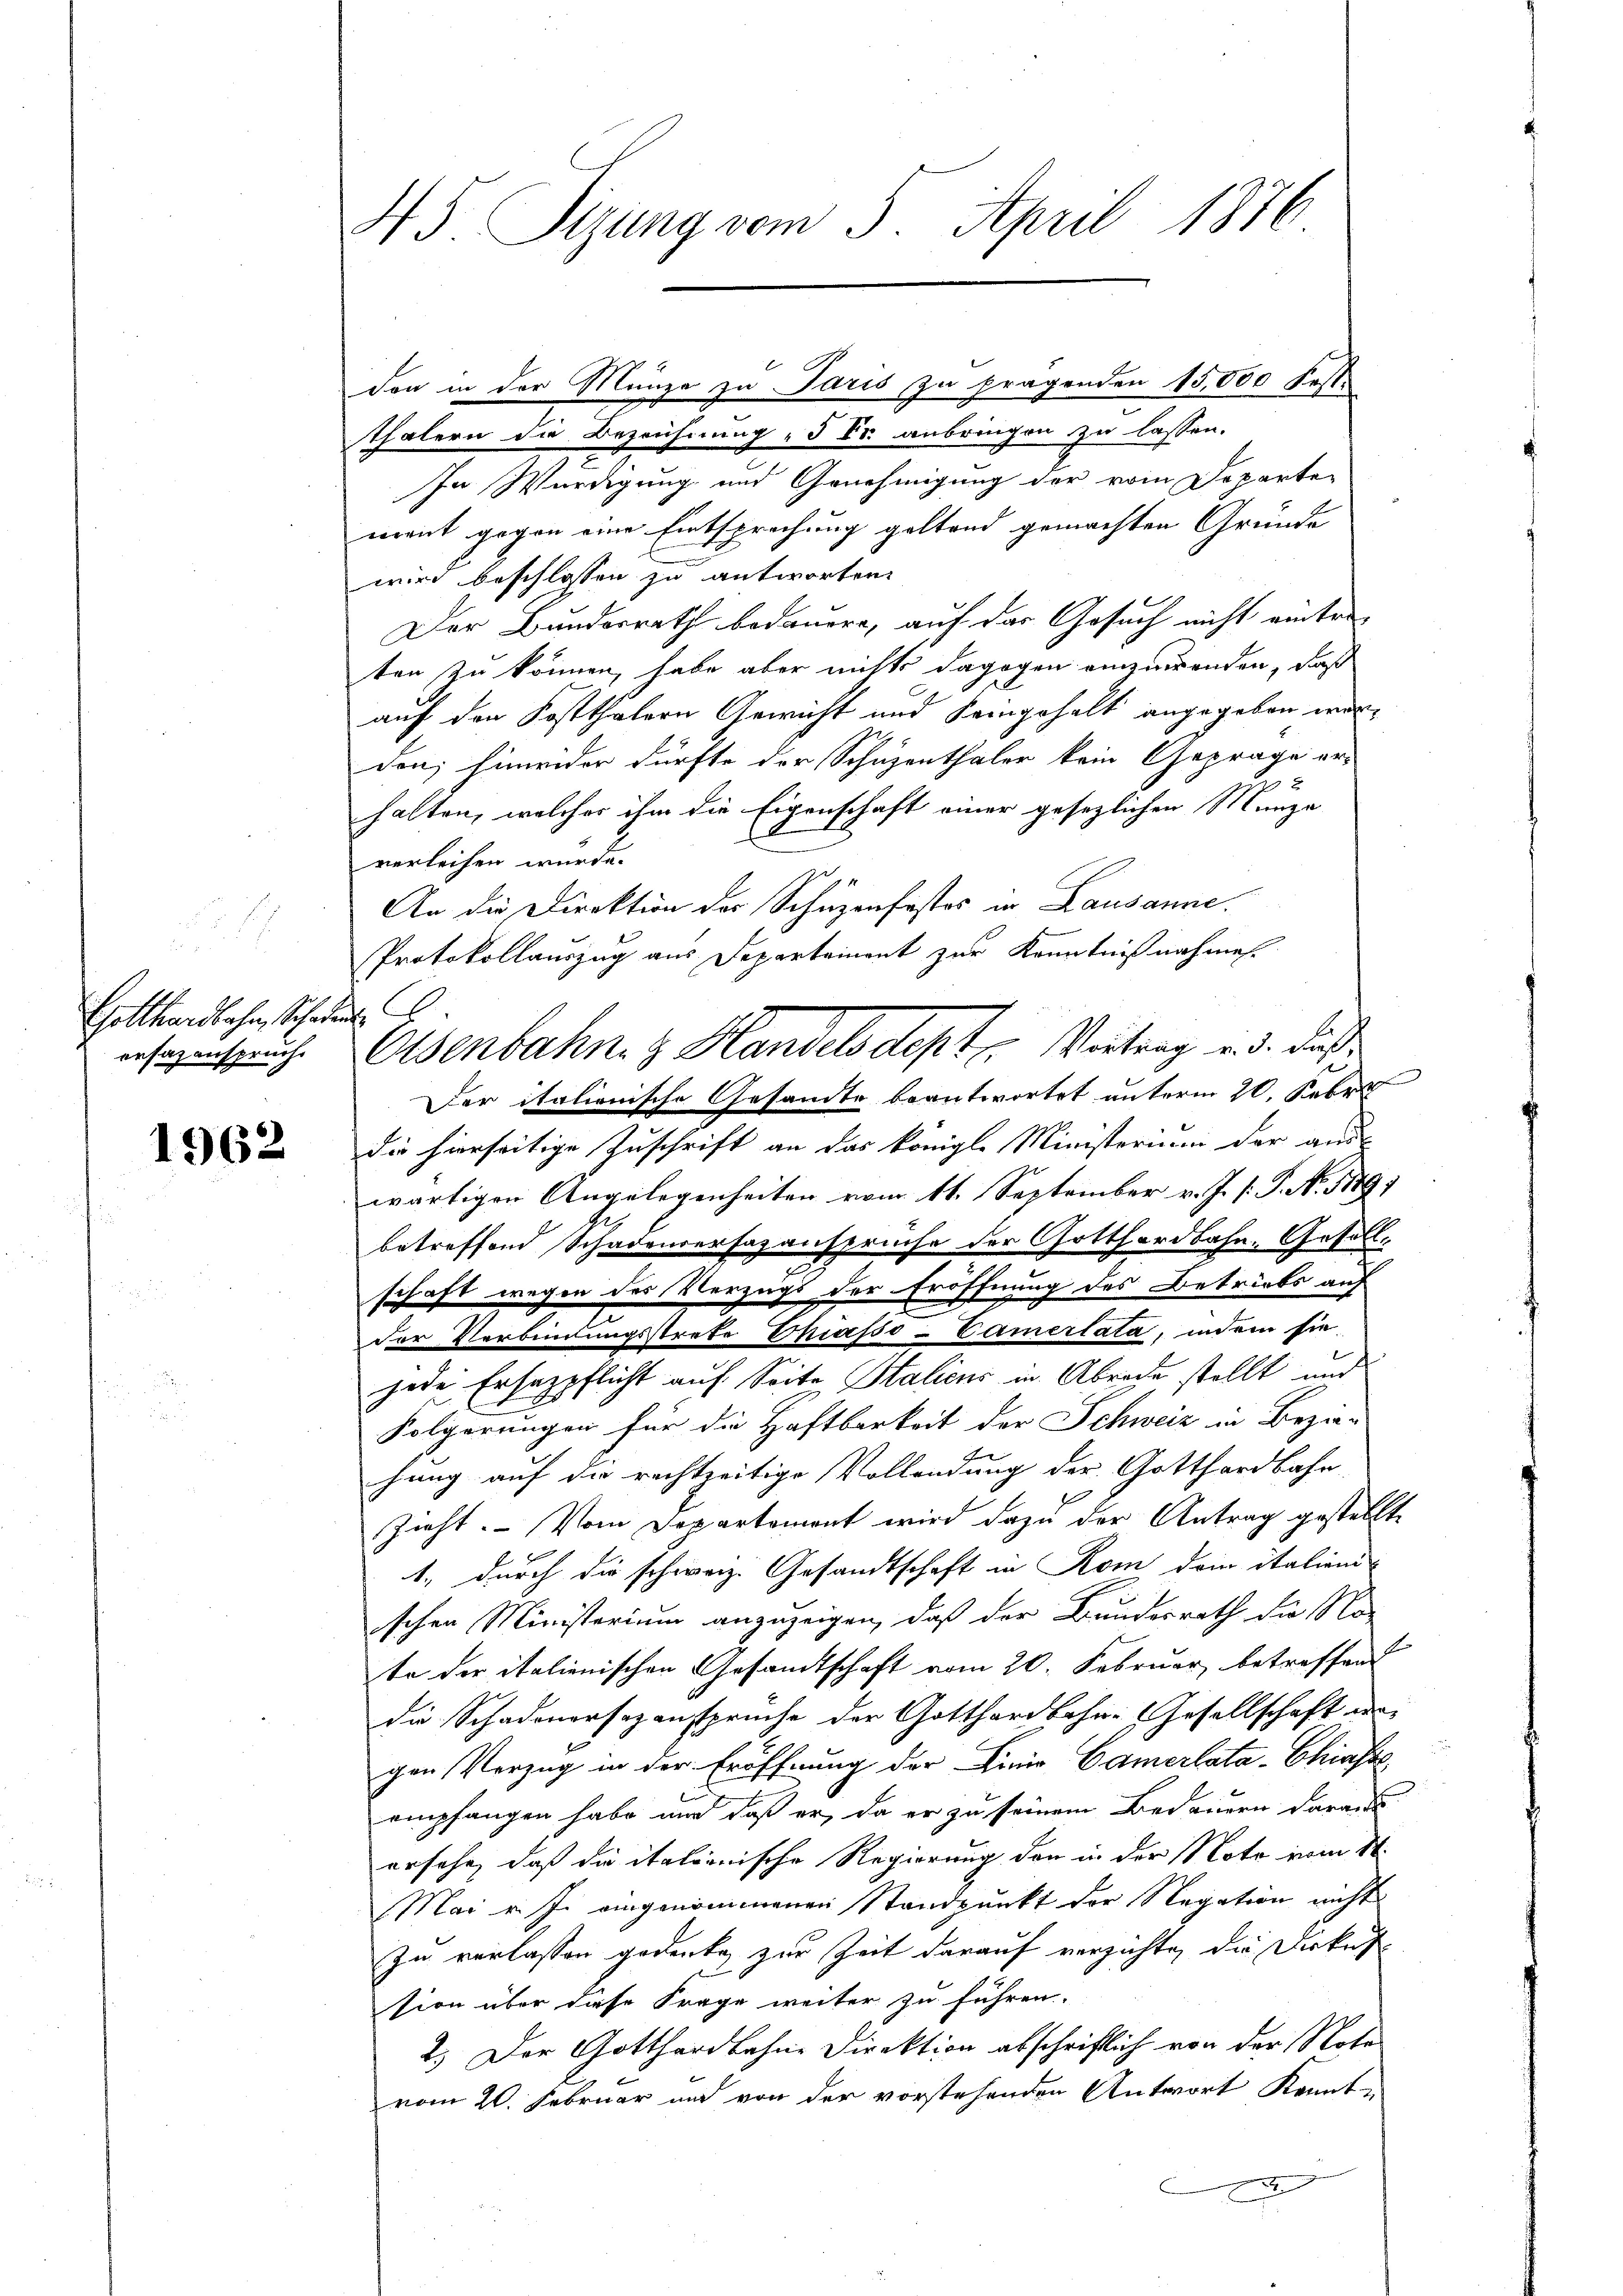
Gotthardbahn, Schaden
ersagenspruche

1962

don in der Münze zu Paris zu fragenden 15,000 Fest-
Thälern die Bezeichnung „J Er. anbringen zu lassen.
In Würdigung und Genehmigung der vom Departe
ment gegen eine Entsprechung geltend gemachten Gründe
wird beschlossen zu antworten.
Der Bundesrath bedauere, auf das Gesuch nicht anter-
ten zu können, habe aber nichts dagegen einzuwenden, daß
auf den Kostthalern Gewicht und Seingehalt angegeben worden; hinwider dürfte der Schuzenthaler kein Gepräge er-
halten, welcher ihm die Eigenschaft einer gesezlichen Manze
verleihen wurde.
An die Direktion der Schuzenfestes in Lausanne.
Protokollauszug aus Departement zur Kenntnißnahmen.
Der italionische Gesandte beantwortet unterm 20. Febr.
die hierseitige Zuschrift an das königl. Ministerium der aus
wärtigen Angelegenheiten vom 11. September v. J. s. S. N. 11491
betreffend Schadenversazanspruche der Gotthardbahn-Gesellschaft wegen des Verzugs der Eröffnung des Betriebs auf
der Verbindungsstrate Chiasso-Camertata, indem sie
jede Erhazpflicht auf Seite Stalicus in Abrede stellt und
Folgerungen für die Haftbarkeit der Schweiz in Bezie-
hung auf die rechtzeitige Vollendung der Gotthardbahn-
Zieht. Vom Departemont wird dazu der Antrag gestellte
1., durch die schweiz. Gesandtschaft in Rom dem italien
schen Ministerium anzuzeigen, daß der Bundesrath die No-
te der italienischen Gesandtschaft vom 20. Februar, betreffend
die Schadenersezansprüche der Gotthardbahn-Gesellschaft a
d
gen Verzug in der Eröffnung der Linio Camerlata-Chiaste
empfangen habe und daß er, da er zu seinem Bedauern daraus
ersehe, daß die italienische Regierung den in der Note vom 11.
Mai v. J. eingenommenen Standpunkt der Negation nicht
zu verlassen gedenke, zur Zeit darauf verzichte, die Urkunsion über diese Frage weiter zu führen.
2.) Der Gotthardbahne Direktion abschriftlich von der Note
vom 20. Februar und von der vorstehenden Antwort Kennt-
x
.

45. Sizung vom 5. April 1876

Osenbahn z. Handels dept. Wertung u. d. daß